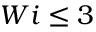
W i \leq 3